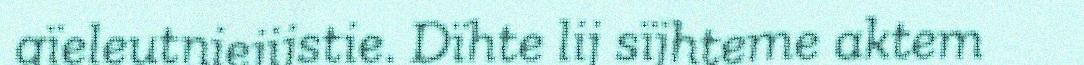
gïeleutniejijstie. Dïhte lij sïjhteme aktem